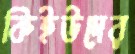
কিইউদের